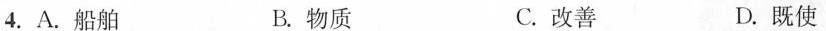
4.A.船舶 B.物质 C.改善 D.既使